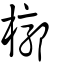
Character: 槨